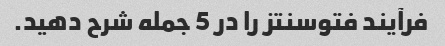
فرآیند فتوسنتز را در 5 جمله شرح دهید.